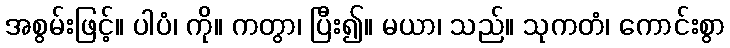
အစွမ်းဖြင့်။ ပါပံ၊ ကို။ ကတွာ၊ ပြီး၍။ မယာ၊ သည်။ သုကတံ၊ ကောင်းစွာ